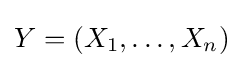
Y=(X_{1},\ldots ,X_{n})